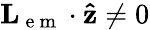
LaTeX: \mathbf{L}_{\mathrm{~e~m~}}\cdot\mathbf{\hat{z}}\neq 0